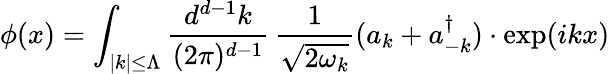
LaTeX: \phi(x)=\int_{|k|\le\Lambda}{\frac{d^{d-1}k}{(2\pi)^{d-1}}}\, {\frac{1}{\sqrt{2\omega_{k}}}}(a_{k}+a_{-k}^{\dagger})\cdot\exp(ikx)